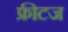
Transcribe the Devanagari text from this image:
फ्रीटज